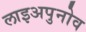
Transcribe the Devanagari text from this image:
लाइअपुनोव